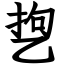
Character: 㐝